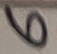
Text: 6